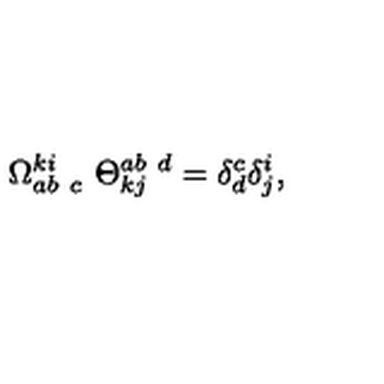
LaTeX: \Omega _ { a b \ c } ^ { k i } \ \Theta _ { k j } ^ { a b \ d } = \delta _ { d } ^ { c } \delta _ { j } ^ { i } ,